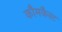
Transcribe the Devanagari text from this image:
कौमकैस्ट